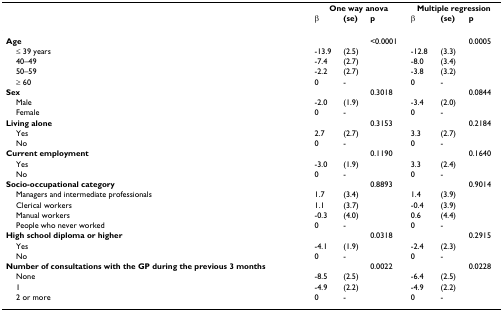
<table><thead><tr><td></td><td colspan="3"><b>One way anova</b></td><td colspan="3"><b>Multiple regression</b></td></tr><tr><td></td><td><b>β </b></td><td><b>(se)</b></td><td><b>p</b></td><td><b>β </b></td><td><b>(se)</b></td><td><b>p</b></td></tr></thead><tbody><tr><td><b>Age </b></td><td></td><td></td><td>&lt;0.0001</td><td></td><td></td><td>0.0005</td></tr><tr><td> ≤ 39 years</td><td>-13.9</td><td>(2.5)</td><td></td><td>-12.8</td><td>(3.3)</td><td></td></tr><tr><td> 40–49</td><td>-7.4</td><td>(2.7)</td><td></td><td>-8.0</td><td>(3.4)</td><td></td></tr><tr><td> 50–59</td><td>-2.2</td><td>(2.7)</td><td></td><td>-3.8</td><td>(3.2)</td><td></td></tr><tr><td> ≥ 60</td><td>0</td><td>-</td><td></td><td>0</td><td>-</td><td></td></tr><tr><td><b>Sex</b></td><td></td><td></td><td>0.3018</td><td></td><td></td><td>0.0844</td></tr><tr><td> Male</td><td>-2.0</td><td>(1.9)</td><td></td><td>-3.4</td><td>(2.0)</td><td></td></tr><tr><td> Female</td><td>0</td><td>-</td><td></td><td>0</td><td>-</td><td></td></tr><tr><td><b>Living alone</b></td><td></td><td></td><td>0.3153</td><td></td><td></td><td>0.2184</td></tr><tr><td> Yes</td><td>2.7</td><td>(2.7)</td><td></td><td>3.3</td><td>(2.7)</td><td></td></tr><tr><td> No</td><td>0</td><td>-</td><td></td><td>0</td><td>-</td><td></td></tr><tr><td><b>Current employment</b></td><td></td><td></td><td>0.1190</td><td></td><td></td><td>0.1640</td></tr><tr><td> Yes</td><td>-3.0</td><td>(1.9)</td><td></td><td>3.3</td><td>(2.4)</td><td></td></tr><tr><td> No</td><td>0</td><td>-</td><td></td><td>0</td><td>-</td><td></td></tr><tr><td><b>Socio-occupational category</b></td><td></td><td></td><td>0.8893</td><td></td><td></td><td>0.9014</td></tr><tr><td> Managers and intermediate professionals</td><td>1.7</td><td>(3.4)</td><td></td><td>1.4</td><td>(3.9)</td><td></td></tr><tr><td> Clerical workers</td><td>1.1</td><td>(3.7)</td><td></td><td>-0.4</td><td>(3.9)</td><td></td></tr><tr><td> Manual workers</td><td>-0.3</td><td>(4.0)</td><td></td><td>0.6</td><td>(4.4)</td><td></td></tr><tr><td> People who never worked</td><td>0</td><td>-</td><td></td><td>0</td><td>-</td><td></td></tr><tr><td><b>High school diploma or higher</b></td><td></td><td></td><td>0.0318</td><td></td><td></td><td>0.2915</td></tr><tr><td> Yes</td><td>-4.1</td><td>(1.9)</td><td></td><td>-2.4</td><td>(2.3)</td><td></td></tr><tr><td> No</td><td>0</td><td>-</td><td></td><td>0</td><td>-</td><td></td></tr><tr><td><b>Number of consultations with the GP during the previous 3 months</b></td><td></td><td></td><td>0.0022</td><td></td><td></td><td>0.0228</td></tr><tr><td> None</td><td>-8.5</td><td>(2.5)</td><td></td><td>-6.4</td><td>(2.5)</td><td></td></tr><tr><td> 1</td><td>-4.9</td><td>(2.2)</td><td></td><td>-4.9</td><td>(2.2)</td><td></td></tr><tr><td> 2 or more</td><td>0</td><td>-</td><td></td><td>0</td><td>-</td><td></td></tr></tbody></table>